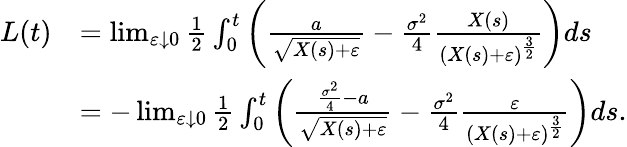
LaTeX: \begin{array}{rl}{L(t)}&{=\operatorname*{lim}_{\varepsilon\downarrow 0}\frac{1}{2}\int_{0}^{t}\left(\frac{a}{\sqrt{X(s)+\varepsilon}}-\frac{\sigma^{2}}{4}\frac{X(s)}{(X(s)+\varepsilon)^{\frac{3}{2}}}\right)ds}\\ &{=-\operatorname*{lim}_{\varepsilon\downarrow 0}\frac{1}{2}\int_{0}^{t}\left(\frac{\frac{\sigma^{2}}{4}-a}{\sqrt{X(s)+\varepsilon}}-\frac{\sigma^{2}}{4}\frac{\varepsilon}{(X(s)+\varepsilon)^{\frac{3}{2}}}\right)ds.}\end{array}